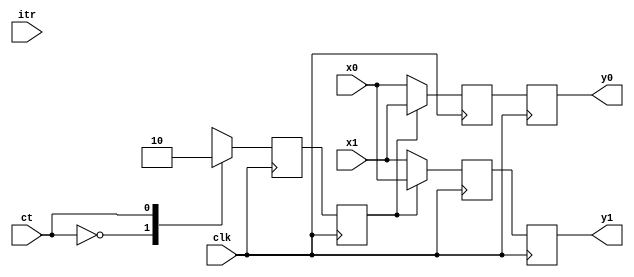
module swNet30735(itr, clk, ct
,       x0, y0
,       x1, y1
);
    parameter width = 32;
    input [0:0] ct;
    input clk;
    input [0:0] itr;
    input [width-1:0] x0;
    output [width-1:0] y0;
    reg  [width-1:0] y0;
    input [width-1:0] x1;
    output [width-1:0] y1;
    reg  [width-1:0] y1;
    wire [width-1:0] t0_0, t0_1;
    reg [width-1:0] t1_0, t1_1;
    reg [0:0] control;
    always @(posedge clk) begin
      case(ct)
        1'd0: control <= 1'b1;
        1'd1: control <= 1'b0;
      endcase
   end
   reg [0:0] control0;
    always @(posedge clk) begin
       control0 <= control;
    end
    assign t0_0 = x0;
    assign t0_1 = x1;
   always @(posedge clk) begin
         t1_0 <= (control0[0] == 0) ? t0_0 : t0_1;
         t1_1 <= (control0[0] == 0) ? t0_1 : t0_0;
   end
    always @(posedge clk) begin
        y0 <= t1_0;
        y1 <= t1_1;
    end
endmodule